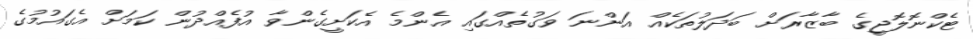
ޓެކްނޮލޮޖީގެ ބާޒާރަށް ބަދަލުތަކެއް އަންނަ ވަގުތެއްގައި އެންމެ އެކަށީގެންވާ އުފެއްދުން ކަމަށް އެގައުމުގެ